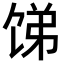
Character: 𬲻